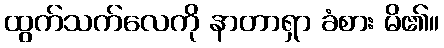
ထွက်သက်လေကို နာတာရှာ ခံစား မိ၏။